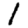
Digit: 1